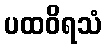
ပထဝိရသံ